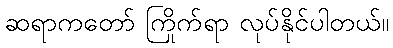
ဆရာကတော် ကြိုက်ရာ လုပ်နိုင်ပါတယ်။